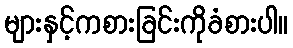
များနှင့်ကစားခြင်းကိုခံစားပါ။